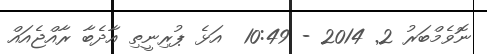
ނޮވެމްބަރު 2